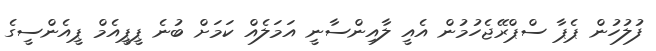
ފުލުހުން ޕެޕާ ސްޕްރޭޖެހުމުން އެއީ ލާއިންސާނީ އަމަލެއް ކަމަށް ބުނެ ޕީޕީއެމް ޕީއެންސީގެ